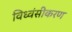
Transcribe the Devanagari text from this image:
विध्वंसीकरण